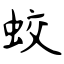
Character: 蛟